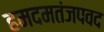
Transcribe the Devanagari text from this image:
हमदमतंजपवद